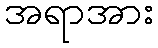
အရာအား